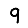
Digit: 9